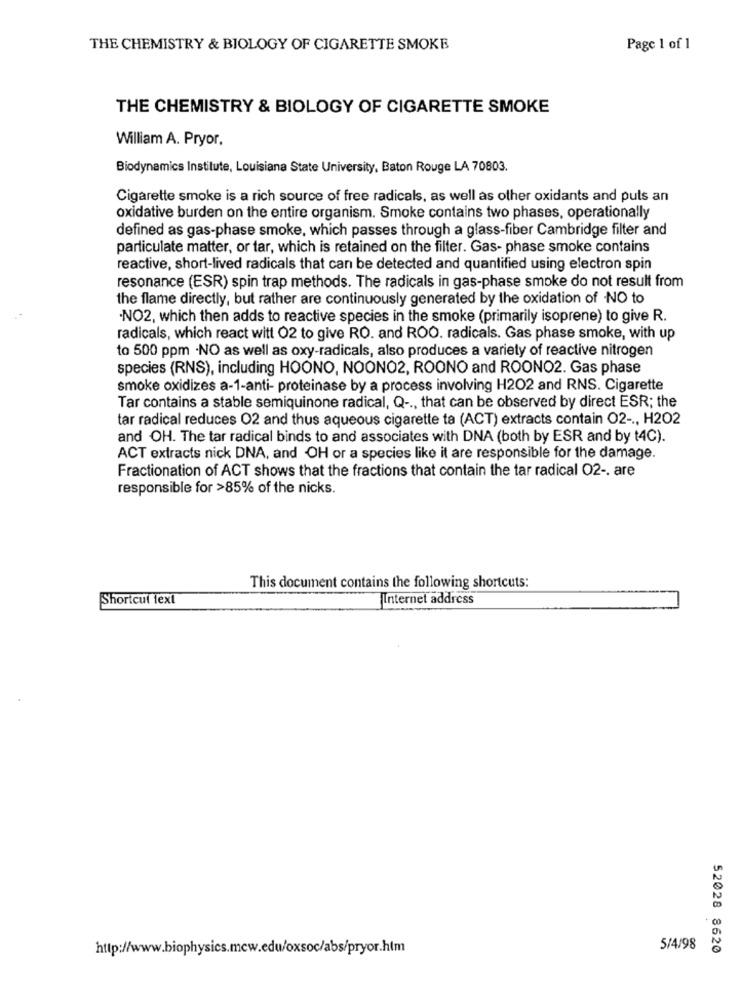
THE CHEMISTRY & BIOLOGY OF CIGARETTE SMOKE
Page 1 of 1
THE CHEMISTRY & BIOLOGY OF CIGARETTE SMOKE
William A. Pryor.
Biodynamics Institute, Louisiana State University, Baton Rouge LA 70803.
Cigarette smoke is a rich source of free radicals, as well as other oxidants and puts an
oxidative burden on the entire organism. Smoke contains two phases, operationally
defined as gas-phase smoke, which passes through a glass-fiber Cambridge filter and
particulate matter, or tar, which is retained on the filter. Gas- phase smoke contains
reactive, short-lived radicals that can be detected and quantified using electron spin
resonance (ESR) spin trap methods. The radicals in gas-phase smoke do not result from
the flame directly, but rather are continuously generated by the oxidation of NO to
NO2, which then adds to reactive species in the smoke (primarily isoprene) to give R.
radicals, which react witt 02 to give RO. and ROO. radicals. Gas phase smoke, with up
to 500 ppm ·NO as well as oxy-radicals, also produces a variety of reactive nitrogen
species (RNS), including HOONO, NOONO2, ROONO and ROONO2. Gas phase
smoke oxidizes a-1-anti- proteinase by a process involving H2O2 and RNS. Cigarette
Tar contains a stable semiquinone radical, Q -., that can be observed by direct ESR; the
tar radical reduces 02 and thus aqueous cigarette ta (ACT) extracts contain 02 -., H2O2
and OH. The tar radical binds to and associates with DNA (both by ESR and by t4C).
ACT extracts nick DNA, and OH or a species like it are responsible for the damage.
Fractionation of ACT shows that the fractions that contain the tar radical O2 -. are
responsible for >85% of the nicks.
This document contains the following shortcuts:
Shortcut text
Internet address
http://www.biophysics.mew.edu/oxsoc/abs/pryor.htm
5/4/98
52028 8620